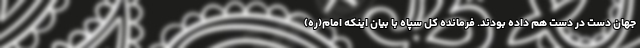
جهان دست در دست هم داده بودند. فرمانده کل سپاه با بیان اینکه امام(ره)